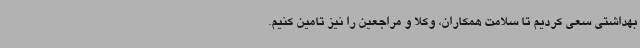
بهداشتی سعی کردیم تا سلامت همکاران، وکلا و مراجعین را نیز تامین کنیم.